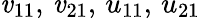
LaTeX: \mathit{v}_{11},\, \mathit{v}_{21},\, u_{11},\, u_{21}